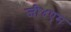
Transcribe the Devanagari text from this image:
जी४एम